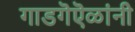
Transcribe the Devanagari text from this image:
गाडगॆऎळांनी